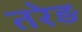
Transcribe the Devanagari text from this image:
तरेड़